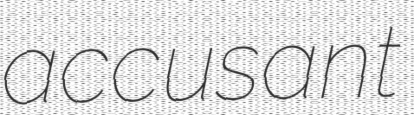
accusant